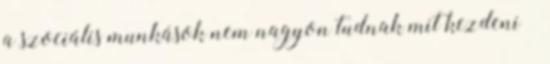
a szociális munkások nem nagyon tudnak mit kezdeni –